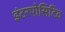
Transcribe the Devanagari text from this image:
इंटरपोसिटिव